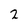
Character: 2